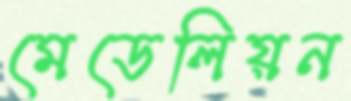
মেডেলিয়ন